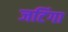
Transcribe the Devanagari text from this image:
जटिंगा